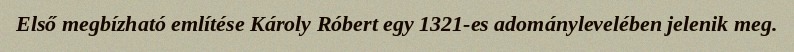
Első megbízható említése Károly Róbert egy 1321-es adománylevelében jelenik meg.